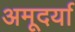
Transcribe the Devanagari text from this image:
अमूदर्या